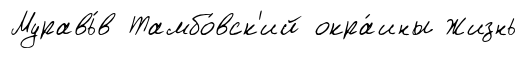
Муравь́в Тамбо́вск'ий окра́ины Жизнь